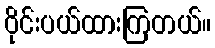
ဝိုင်းပယ်ထားကြတယ်။